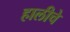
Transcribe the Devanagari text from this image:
हालीचे